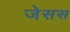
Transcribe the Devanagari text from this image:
जेसस